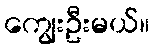
ကျွေးဦးမယ်။